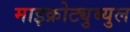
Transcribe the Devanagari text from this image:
माइक्रोट्युब्युल